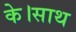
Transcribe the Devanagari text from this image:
के।साथ